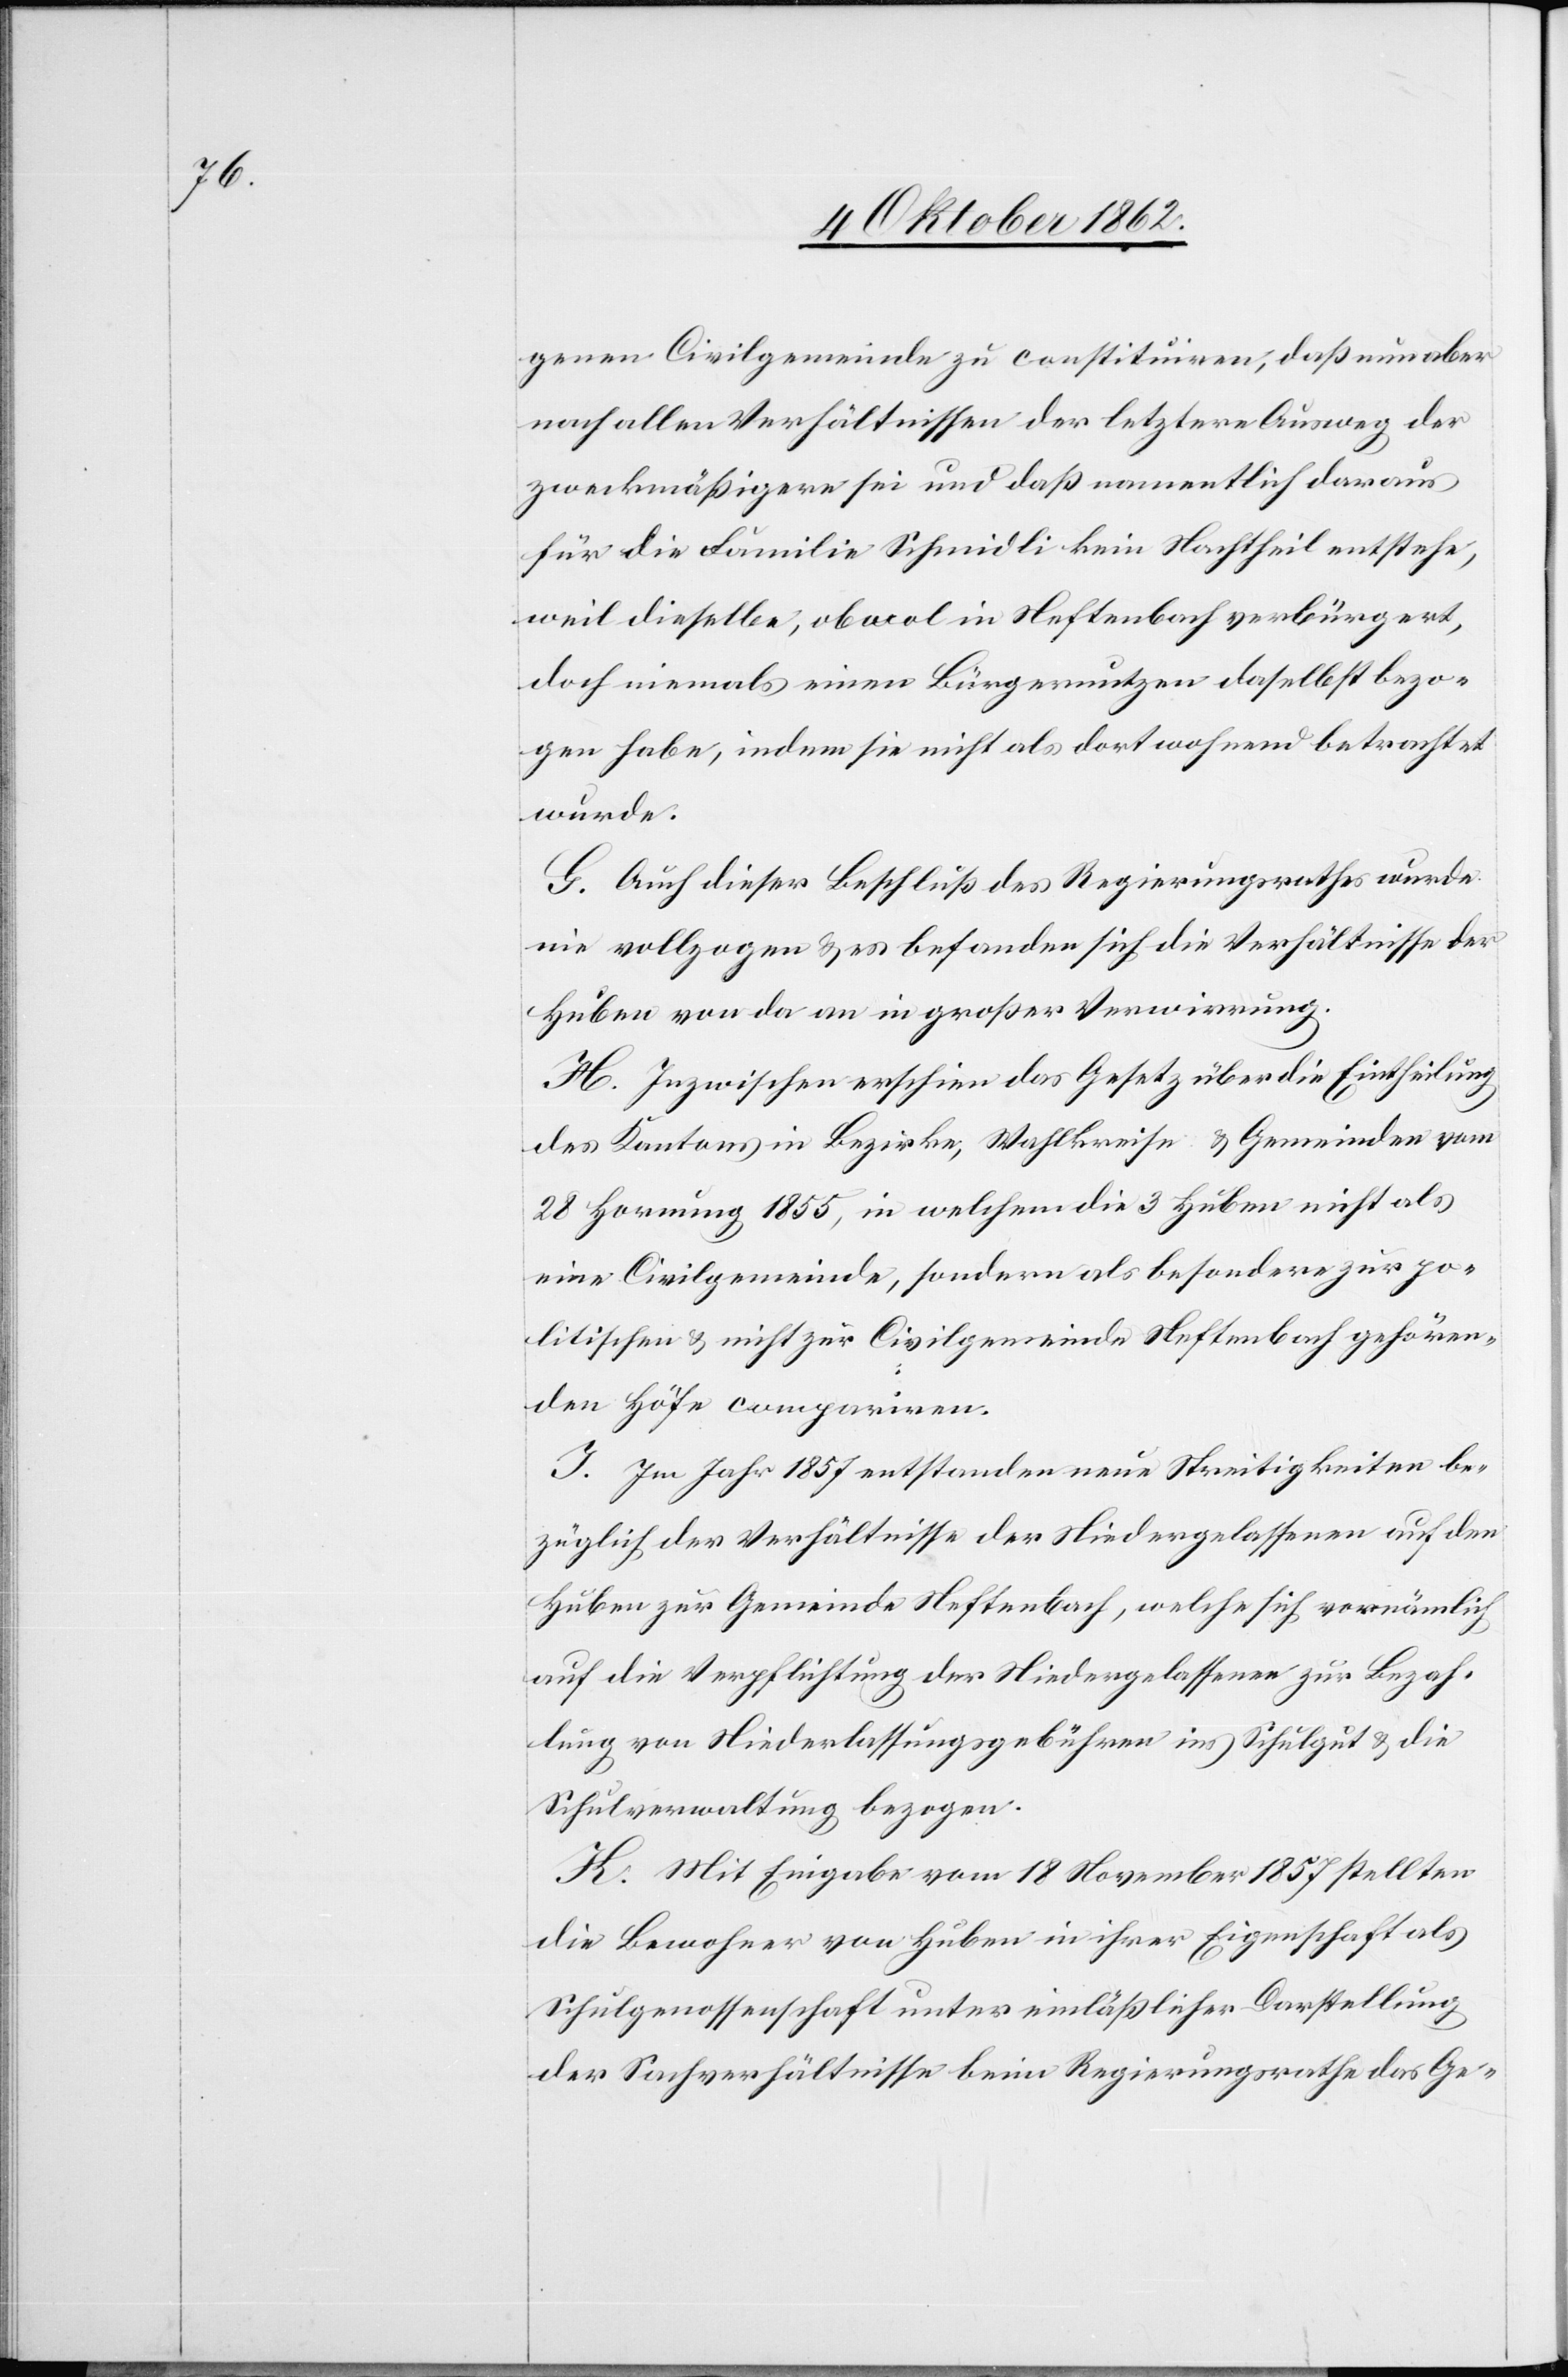
genen Civilgemeinde zu constituiren, daß nun aber
nach allen Verhältnissen der letztere Ausweg der
zweckmäßigere sei und daß namentlich daraus
für die Familie Schmidli kein Nachtheil entstehe,
weil dieselbe, obwol in Neftenbach verbürgert,
doch niemals einen Bürgernutzen daselbst bezo¬
gen habe, indem sie nicht als dort wohnend betrachtet
wurde.
G. Auch dieser Beschluß des Regierungsrathes wurde
nie vollzogen u. es befanden sich die Verhältnisse der
Huben von da an in großer Verwirrung.
H. Inzwischen erschien das Gesetz über die Eintheilung
des Kantons in Bezirke, Wahlkreise u. Gemeinden vom
28. Hornung 1855, in welchem die 3 Huben nicht als
eine Civilgemeinde, sondern als besondere zur po¬
litischen u. nicht zur Civilgemeinde Neftenbach gehören¬
den Höfe compariren.
J. Im Jahr 1857 entstanden neue Streitigkeiten be¬
züglich der Verhältnisse der Niedergelassenen auf dem
Huben zur Gemeinde Neftenbach, welche sich vornämlich
auf die Verpflichtung der Niedergelassenen zur Bezah¬
lung von Niederlassungsgebühren ins Schulgut u. die
Schulverwaltung bezogen.
K. Mit Eingabe vom 18. November 1857 stellten
die Bewohner von Huben in ihrer Eigenschaft als
Schulgenossenschaft unter einläßlicher Darstellung
der Sachverhältnisse beim Regierungsrathe das Ge-